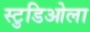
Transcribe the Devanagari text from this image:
स्टुडिओला